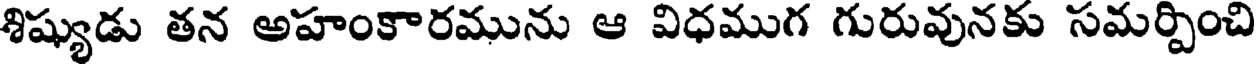
శిష్యుడు తన అహంకారమును ఆ విధముగ గురువునకు సమర్చించి